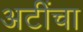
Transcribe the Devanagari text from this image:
अटींचा